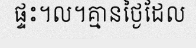
ផ្ទះ។ល។គ្មានថ្ងៃដែល